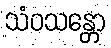
သံဝသန္တော